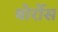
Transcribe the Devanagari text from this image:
बोर्रोस